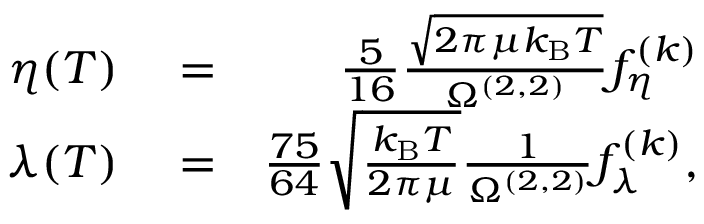
\begin{array} { r l r } { \eta ( T ) } & { { } = } & { \frac { 5 } { 1 6 } \frac { \sqrt { 2 \pi \mu k _ { \mathrm { B } } T } } { \Omega ^ { ( 2 , 2 ) } } f _ { \eta } ^ { ( k ) } } \\ { \lambda ( T ) } & { { } = } & { \frac { 7 5 } { 6 4 } \sqrt { \frac { k _ { \mathrm { B } } T } { 2 \pi \mu } } \frac { 1 } { \Omega ^ { ( 2 , 2 ) } } f _ { \lambda } ^ { ( k ) } , } \end{array}